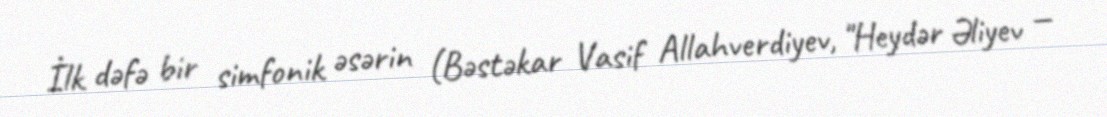
İlk dəfə bir simfonik əsərin (Bəstəkar Vasif Allahverdiyev, "Heydər Əliyev —